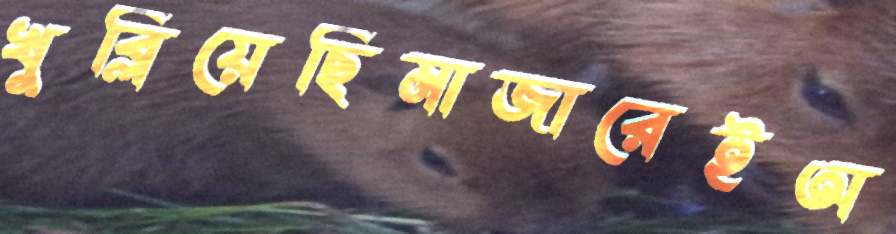
খুব্‌লিয়েছিমাজারেইঅ